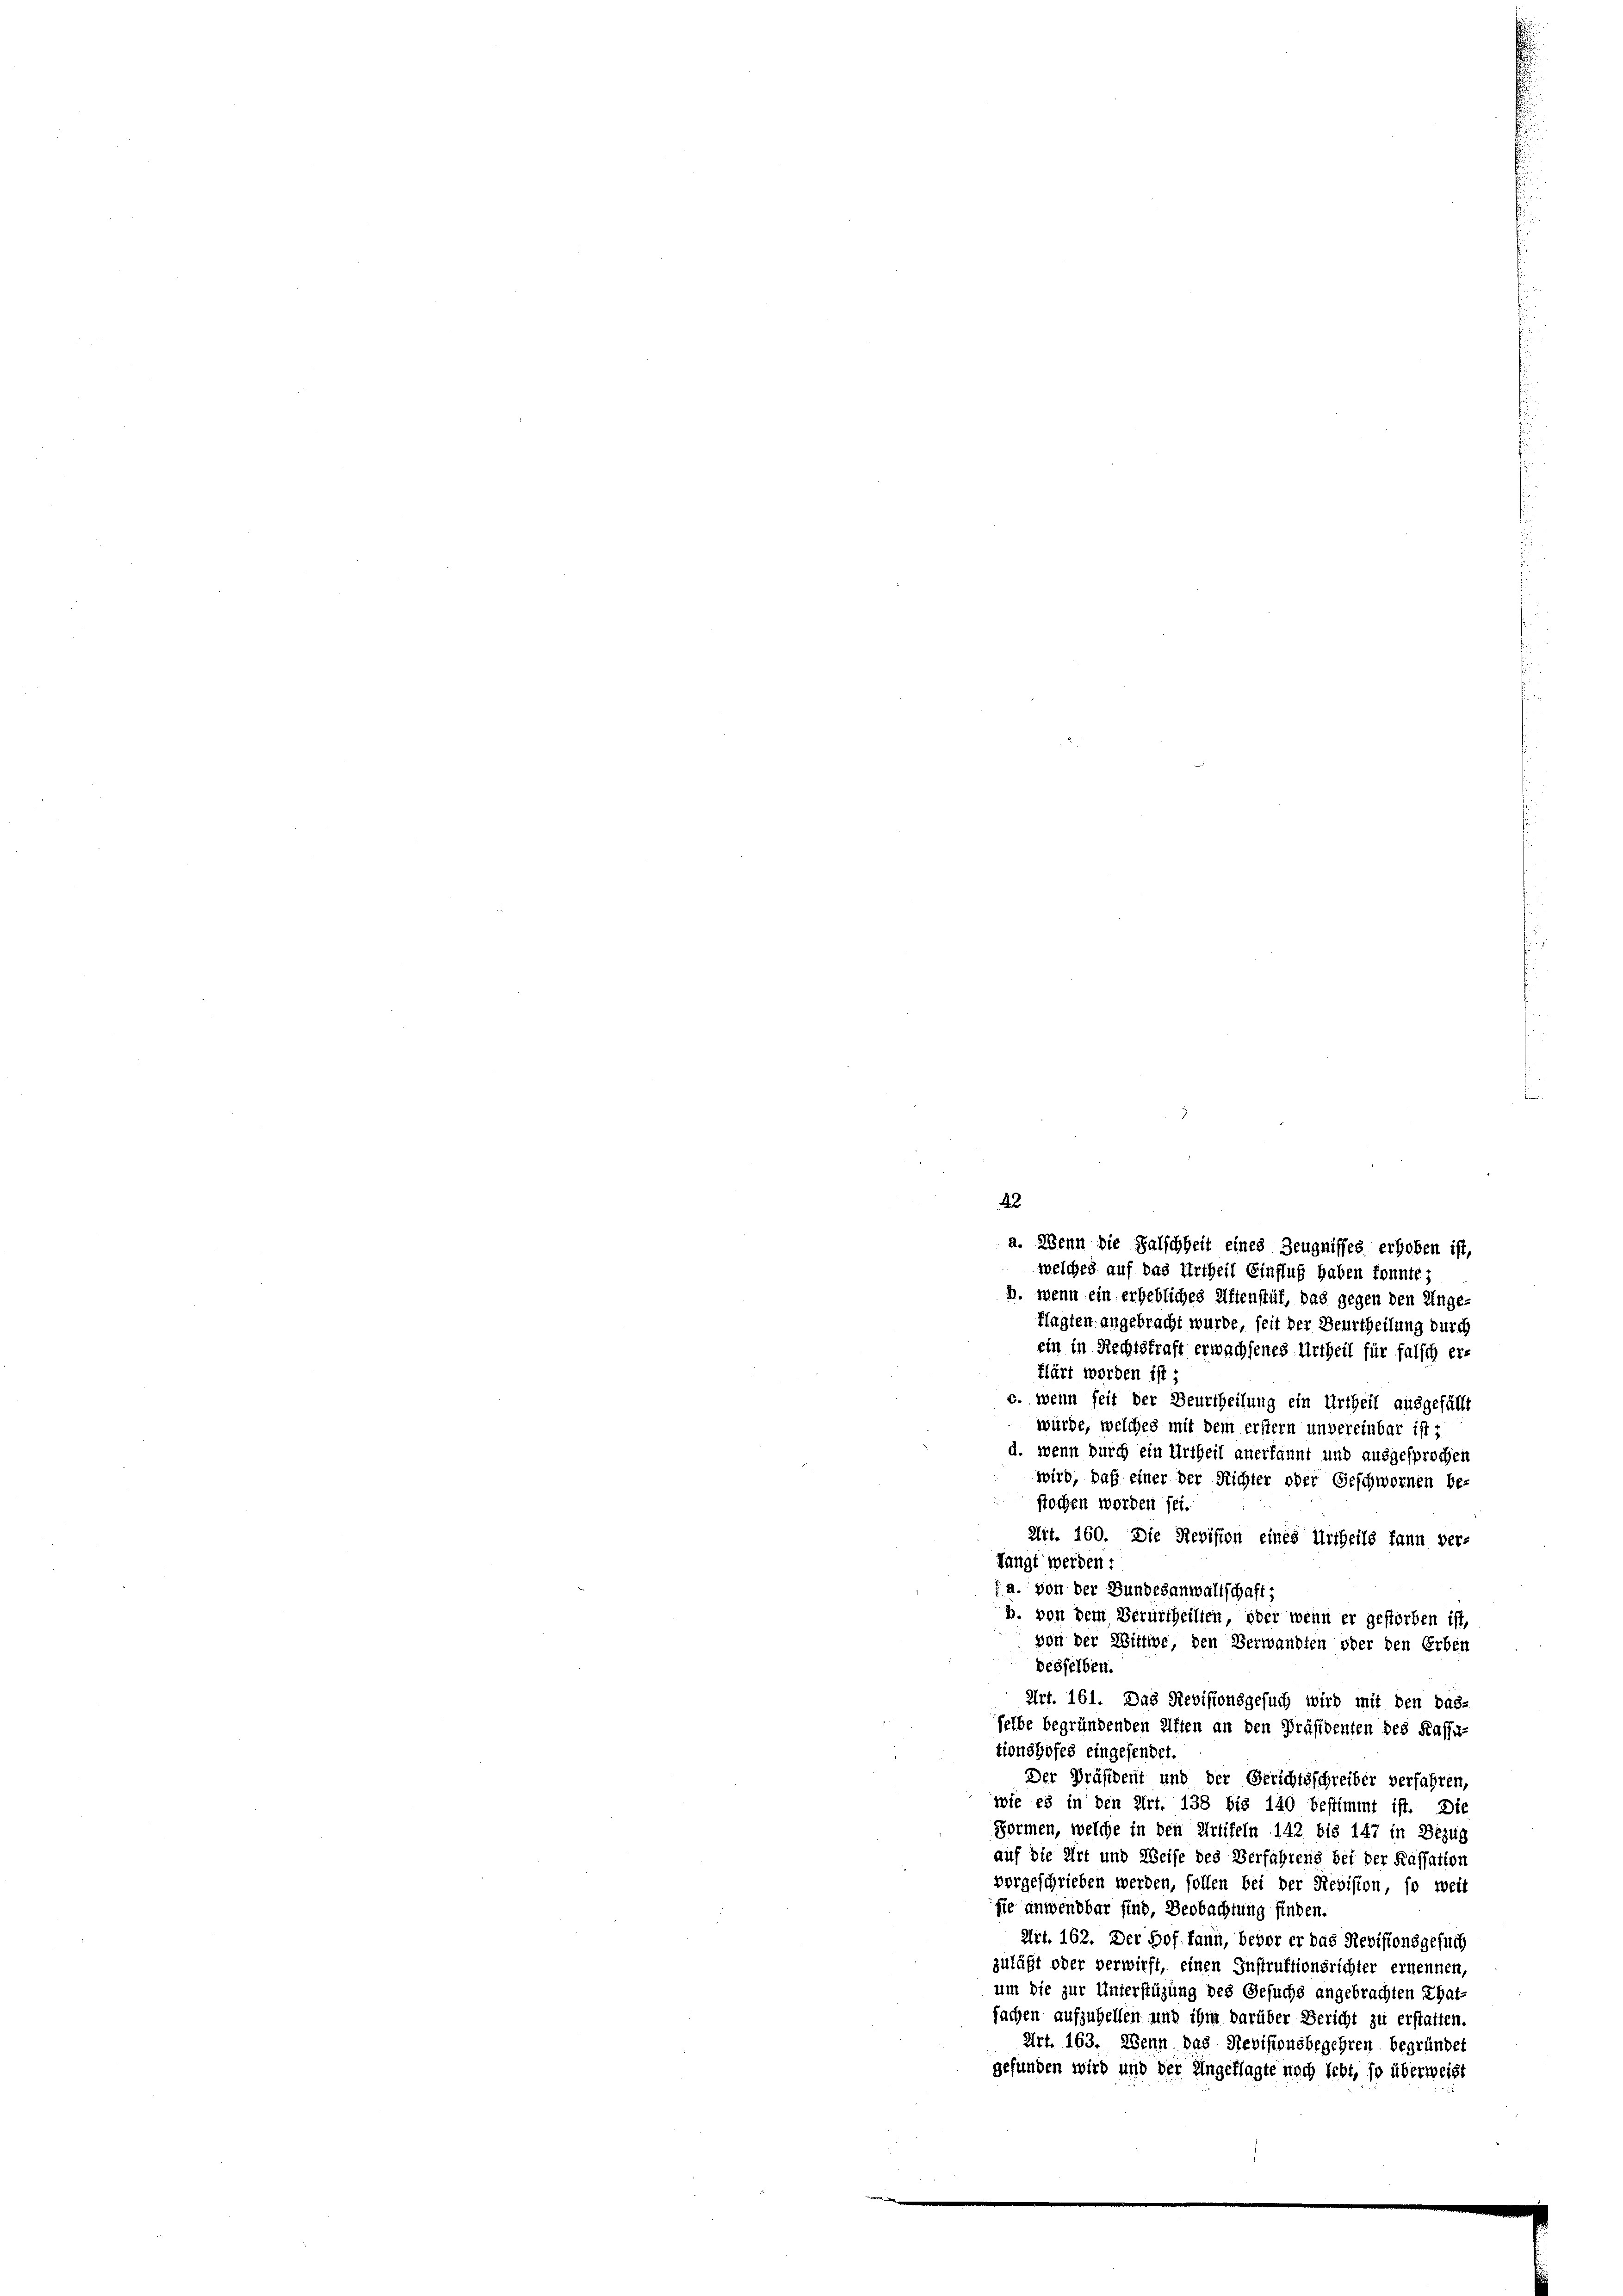
p. wenn ein erhebliches Ziffenstät, das gegen den Unge-
flagten angebracht wurde, seit der Beurtheilung durch
ein in Rechtskraft erwachsenes Urtheil für falsch er-
klärt worden ist,
c. wenn seit der Beurtheilung ein Urtheil ausgefällt
würde, welches mit dem erstern unvereinbar ist;
d. wenn durch ein Urtheil anerkannt und ausgesprochen
wird, daß einer der Richter oder Geschwornen be-
stochen worden sei.
Art. 160. Die Revision eines Urtheils kann ver-
langt werden:

: a. von der Bundesanwaltschaft;
b. von dem Verurtheilten, oder wenn er gestorben ist,
von der Wittwe, den Verwandten oder den Erben
desselben.
Art. 161. Das Revisionsgesuch wird mit den das-
felbe begründenden Aften an den Präsidenten des Kassa-
tionshofes eingesendet.
Der Präsident und der Gerichtsschreiber verfahren,
 wie es in den Art. 138 bis 140 bestimmt ist. Die
Formen, welche in den Artikeln 142 bis 147 in Bezug
auf die Art und Weise des Verfahrens bei der Kassation
vorgeschrieben werden, sollen bei der Revision, so weit
sie anwendbar sind, Beobachtung finden.
Art. 162. Der Hof kann, bevor er das Revisionsgesuch
zuläßt oder verwirft, einen Instruktionsrichter ernennen,
um die zur Unterstüzung des Gesuchs angebrachten That-
fachen aufzuhellen und ihm darüber Bericht zu erstatten.
Art. 163. Wenn das Revisionsbegehren begründet
gefunden wird und der Ungeflagte noch lebt, so überweis

42
a. Wenn die Falschheit eines Zeugnisses erhoben ist,
welches auf das Urtheil Einfluß haben konnte;